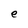
Character: e